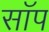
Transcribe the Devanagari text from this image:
सॉप